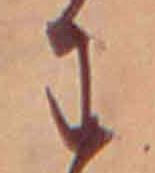
わ